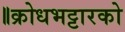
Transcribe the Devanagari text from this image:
॥क्रोधभट्टारको